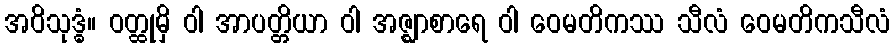
အဝိသုဒ္ဓံ။ ဝတ္ထုမှိ ဝါ အာပတ္တိယာ ဝါ အဇ္ဈာစာရေ ဝါ ဝေမတိကဿ သီလံ ဝေမတိကသီလံ